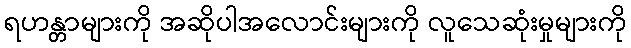
ရဟန္တာများကို အဆိုပါအလောင်းများကို လူသေဆုံးမှုများကို